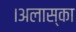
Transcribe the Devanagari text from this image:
।अलास्का